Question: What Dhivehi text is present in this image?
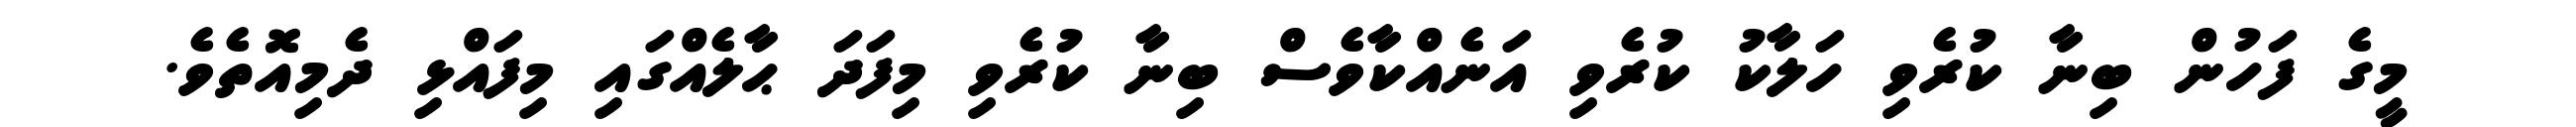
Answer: މީގެ ފަހުން ބިނާ ކުރެވި ހަލާކު ކުރެވި އަނެއްކާވެސް ބިނާ ކުރެވި މިފަދަ ޙާލެއްގައި މިފައްޅި ދެމިއޮތެވެ.